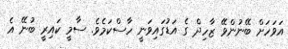
އަވަހަށް ބޭނުންވޭ ޒާހިދް ގެ އަޑުގައިވަނީ ހާސްކަމެވެ. ސާމީ ކައިރީ ބުނޭ އެ